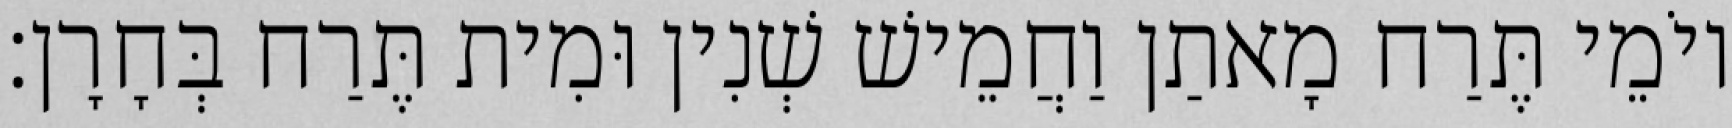
יוֹמֵי תֶּרַח מָאתַן וַחֲמֵישׁ שְׁנִין וּמִית תֶּרַח בְּחָרָן׃